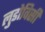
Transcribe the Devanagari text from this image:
लुडोविसी